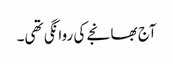
آج بھانجے کی روانگی تھی۔